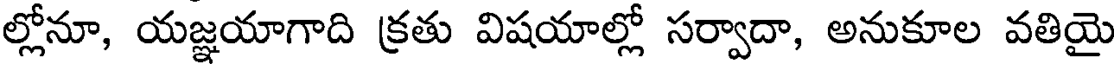
ల్లోనూ, యజ్ఞయాగాది క్రతు విషయాల్లో సర్వాదా, అనుకూల వతియై